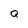
Character: a